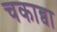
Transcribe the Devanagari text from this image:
चकाब्वा